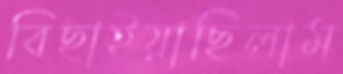
বিছাইয়াছিলাম